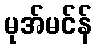
မုအ်မင်န်